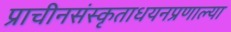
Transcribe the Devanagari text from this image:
प्राचीनसंस्कृताधयनप्रणाल्या